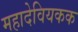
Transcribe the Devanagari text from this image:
महादेवियकक